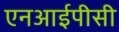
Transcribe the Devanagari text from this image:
एनआईपीसी